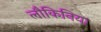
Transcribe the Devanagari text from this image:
लौकिनिया